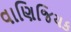
વાણિજિયક